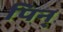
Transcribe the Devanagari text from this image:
पिन्